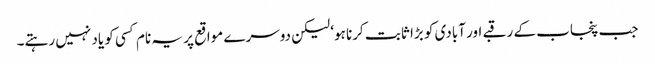
جب پنجاب کے رقبے اور آبادی کو بڑا ثابت کرنا ہو‘ لیکن دوسرے مواقع پر یہ نام کسی کو یاد نہیں رہتے۔